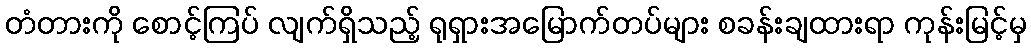
တံတားကို စောင့်ကြပ် လျက်ရှိသည့် ရုရှားအမြောက်တပ်များ စခန်းချထားရာ ကုန်းမြင့်မှ